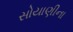
સોયાણીના